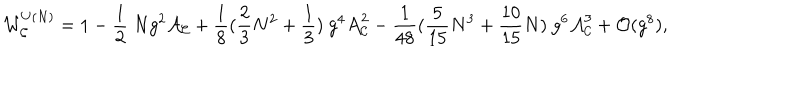
{ \cal W } _ { { \cal C } } ^ { U ( N ) } = 1 - \frac { 1 } { 2 } ~ N g ^ { 2 } { \cal A } _ { { \cal C } } + \frac { 1 } { 8 } ( \frac { 2 } { 3 } N ^ { 2 } + \frac { 1 } { 3 } ) ~ g ^ { 4 } { \cal A } _ { { \cal C } } ^ { 2 } - \frac { 1 } { 4 8 } ( \frac { 5 } { 1 5 } N ^ { 3 } + \frac { 1 0 } { 1 5 } N ) ~ g ^ { 6 } { \cal A } _ { { \cal C } } ^ { 3 } + { \cal O } ( g ^ { 8 } ) ,